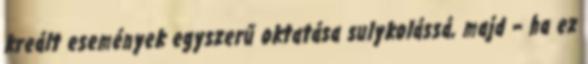
kreált események egyszerű oktatása sulykolássá, majd – ha ez